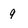
Character: 9